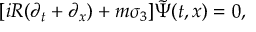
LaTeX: [ i R ( \partial _ { t } + \partial _ { x } ) + m \sigma _ { 3 } ] \tilde { \Psi } ( t , x ) = 0 ,